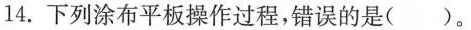
14.下列涂布平板操作过程，错误的是（）。